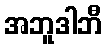
အဘူဒါဘီ